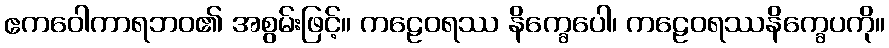
ဧကဝေါကာရဘဝ၏ အစွမ်းဖြင့်။ ကဠေဝရဿ နိက္ခေပေါ၊ ကဠေဝရဿနိက္ခေပကို။